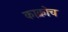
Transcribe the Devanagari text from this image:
काक्रोच